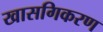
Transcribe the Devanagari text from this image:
खासगिकरण